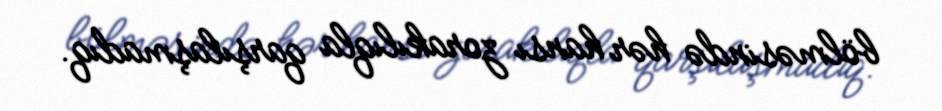
bölməsində hər hansı zorakılıqla qarşılaşmadıq.